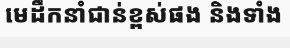
មេដឹកនាំជាន់ខ្ពស់ផង និងទាំង